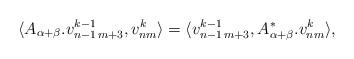
LaTeX: \begin{align*} \langle A_{\alpha+\beta}.v_{n-1\,m+3}^{k-1},v_{nm}^k\rangle= \langle v_{n-1\,m+3}^{k-1},A_{\alpha+\beta}^*.v_{nm}^k\rangle,\end{align*}